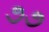
૭૭